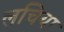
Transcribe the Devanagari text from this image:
लचिया